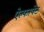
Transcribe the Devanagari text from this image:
ऐल्फापेट